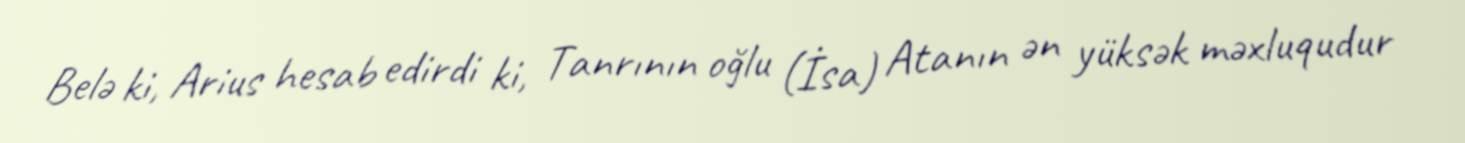
Belə ki, Arius hesab edirdi ki, Tanrının oğlu (İsa) Atanın ən yüksək məxluqudur